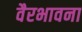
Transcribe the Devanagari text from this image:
वैरभावना